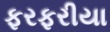
ફરફરીયા